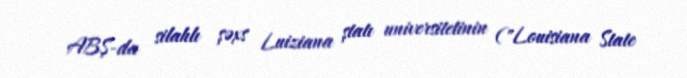
ABŞ-da silahlı şəxs Luiziana ştatı universitetinin ("Louisiana State